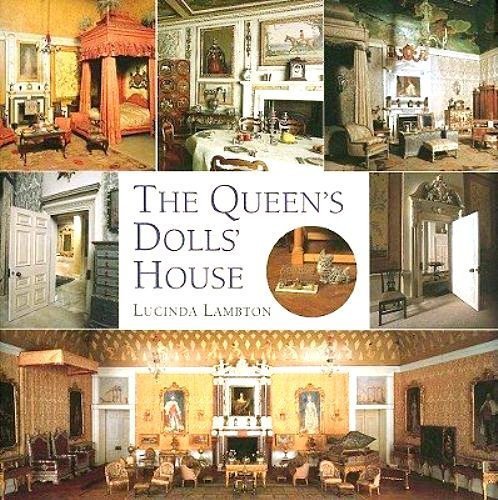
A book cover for The Queen's Dolls' House: A Dollhouse Made for Queen Mary; Lucinda Lambton; Crafts, Hobbies & Home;